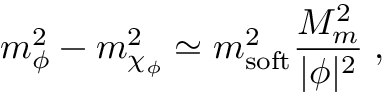
m _ { \phi } ^ { 2 } - m _ { \chi _ { \phi } } ^ { 2 } \simeq m _ { \mathrm { s o f t } } ^ { 2 } \frac { M _ { m } ^ { 2 } } { | \phi | ^ { 2 } } \; ,